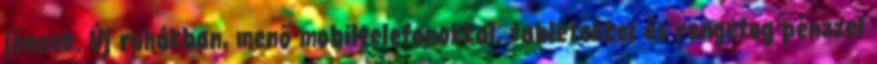
jönnek. Új ruhákban, menő mobiltelefonokkal, tabletekkel és rengeteg pénzzel